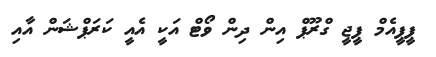
ޕީޕީއެމް ޕީޖީ ގްރޫޕް އިން ދިން ވޯޓް އަކީ އެއީ ކަރަޕްޝަން އާއި